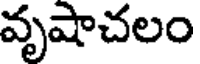
వృషాచలం